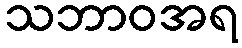
သဘာဝအရ